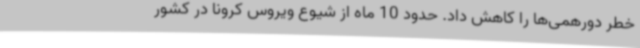
خطر دورهمی‌ها را کاهش داد. حدود 10 ماه از شیوع ویروس کرونا در کشور